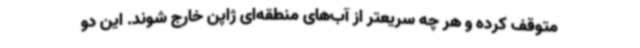
متوقف کرده و هر چه سریعتر از آب‌های منطقه‌ای ژاپن خارج شوند. این دو